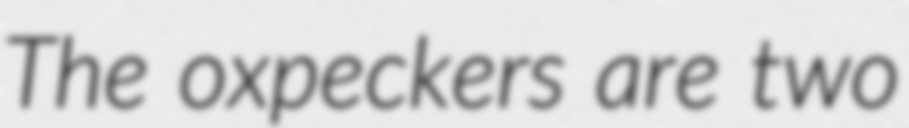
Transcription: The oxpeckers are two